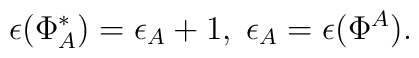
\epsilon(\Phi^*_A) = \epsilon_A + 1,\; \epsilon_A =\epsilon(\Phi^A) .